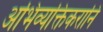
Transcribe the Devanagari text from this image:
अभिव्यक्तिकरानि